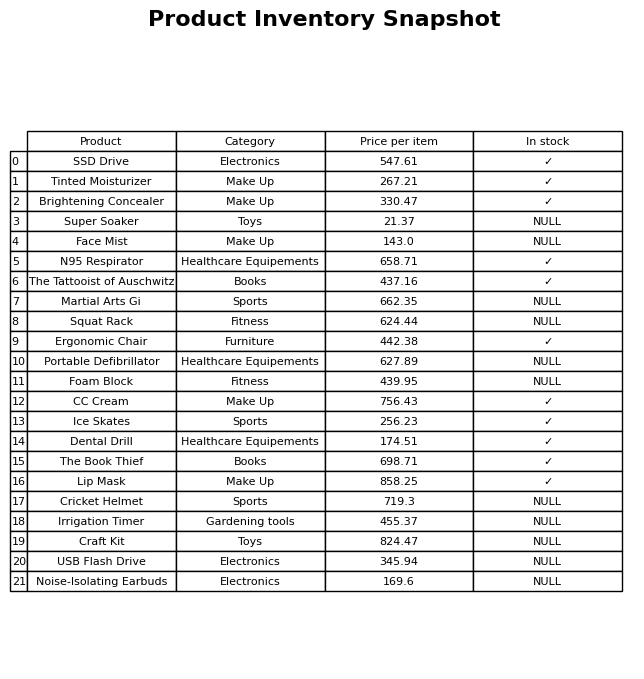
question: What is the price for USB Flash Drive?
answer: The price of USB Flash Drive is 345.94.